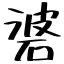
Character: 碆